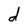
Character: d